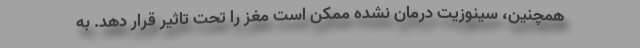
همچنین، سینوزیت درمان نشده ممکن است مغز را تحت تاثیر قرار دهد. به